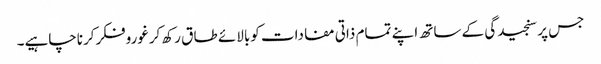
جس پرسنجیدگی کے ساتھ اپنے تمام ذاتی مفادات کوبالائے طا ق رکھ کرغوروفکرکرناچاہیے۔